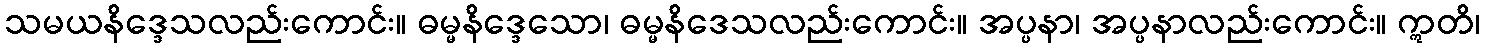
သမယနိဒ္ဒေသလည်းကောင်း။ ဓမ္မနိဒ္ဒေသော၊ ဓမ္မနိဒေသလည်းကောင်း။ အပ္ပနာ၊ အပ္ပနာလည်းကောင်း။ ဣတိ၊